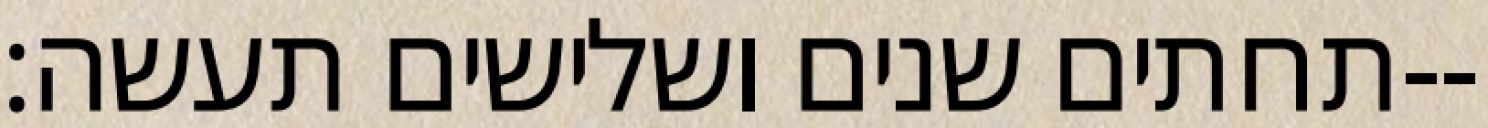
תחתים שנים ושלישים תעשה׃--